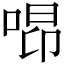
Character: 𠵫